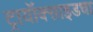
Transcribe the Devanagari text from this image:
ट्रायॉक्साइडचा